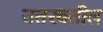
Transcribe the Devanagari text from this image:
उतरवतील